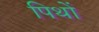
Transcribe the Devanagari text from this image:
पिथों